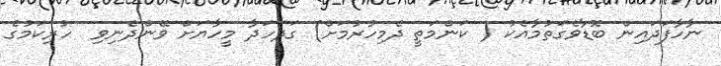
ނާހާފަދައިން ބޮޑާވެގަތުމާއެކު ( ކަންމަތީ ދެމިހުރުމަށް) ގަދަހަދާ މީހާޔަށް ވޭންދެނިވި  ހުރިކަމުގެ